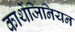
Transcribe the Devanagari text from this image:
कार्थेजिनियन